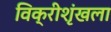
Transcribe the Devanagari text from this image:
विक्रीशृंखला